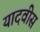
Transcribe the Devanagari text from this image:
यादवीस